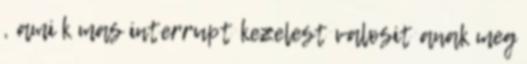
, ami k mas interrupt kezelest valosit anak meg